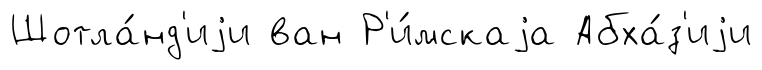
Шотла́нд'иjи ван Р'и́мскаjа Абха́з'иjи